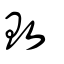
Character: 敗